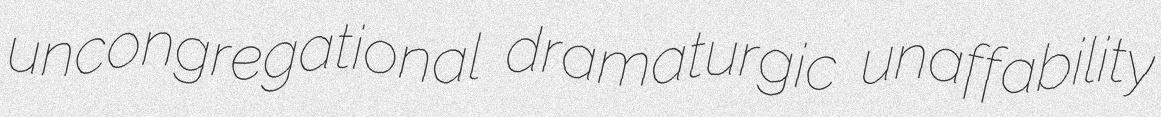
uncongregational dramaturgic unaffability